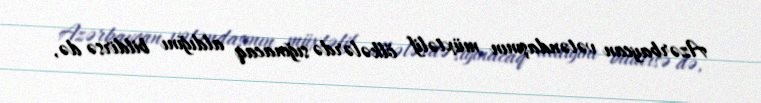
Azərbaycan vətəndaşının müxtəlif ölkələrdə sığınacaq aldığını bildirsə də,